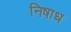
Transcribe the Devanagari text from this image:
निषाध